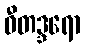
ဝီတဒ္ဒရော